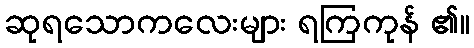
ဆုရသောကလေးများ ရကြကုန် ၏။